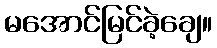
မအောင်မြင်ခဲ့ချေ။